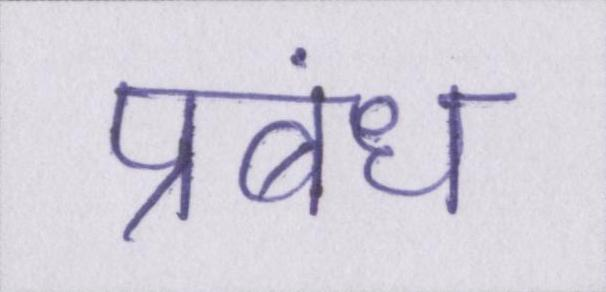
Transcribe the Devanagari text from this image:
प्रबंध